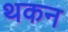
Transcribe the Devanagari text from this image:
थकन